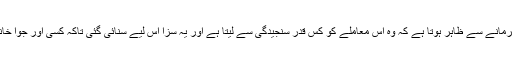
کراؤن کسینو پر سب سے بڑے جرمانے سے ظاہر ہوتا ہے کہ وہ اس معاملے کو کس قدر سنجیدگی سے لیتا ہے اور یہ سزا اس لیے سنائی گئی تاکہ کسی اور جوا خانے کو اس اقدام کی جرات نہیں ہو۔